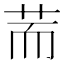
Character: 荋